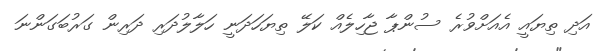
އަދި ތިޔައީ އެއަށްވުރެ ސުންޕާ ޖާހިލެއް ކަލޭ ތިޔަހަދަނީ ހަލާލުދަރި ދަރިން ގަރުބަގަންނަ